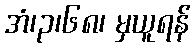
အံ၊၃၊၆၈၊ မှယူရန်